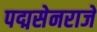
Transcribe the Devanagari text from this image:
पद्मसेनराजे